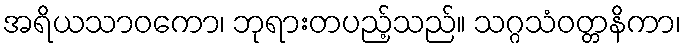
အရိယသာဝကော၊ ဘုရားတပည့်သည်။ သဂ္ဂသံဝတ္တနိကာ၊